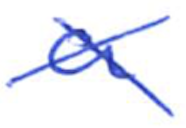
Text: a
Cross-out: cross
Writing tool: ballpoint